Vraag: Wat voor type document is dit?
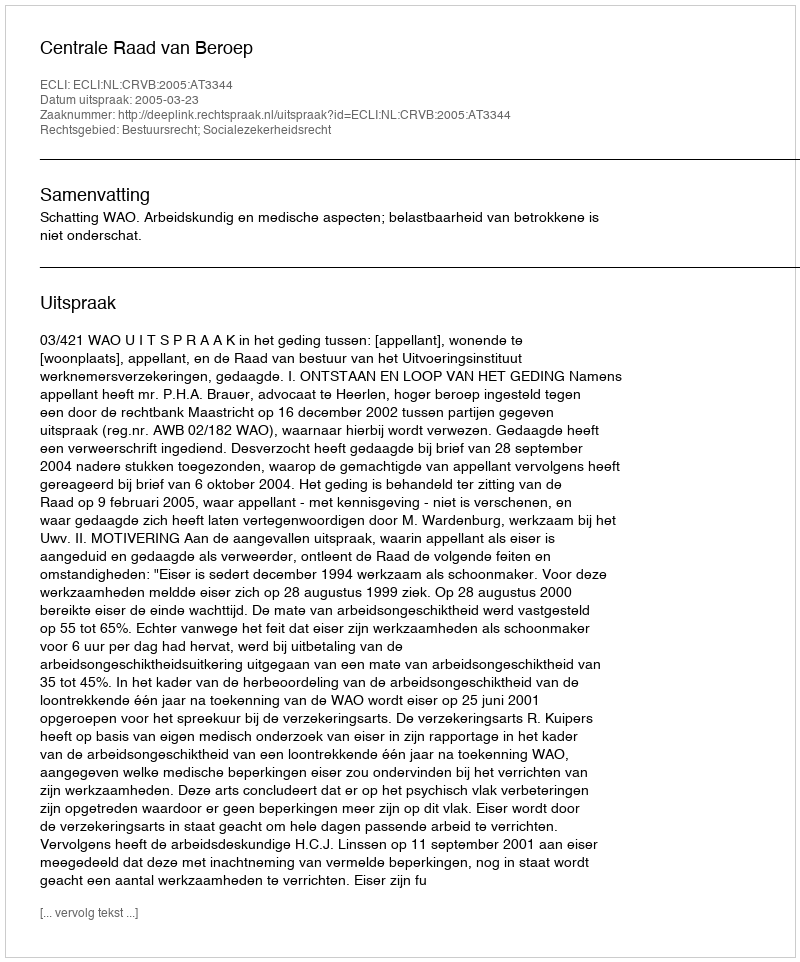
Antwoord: Uitspraak